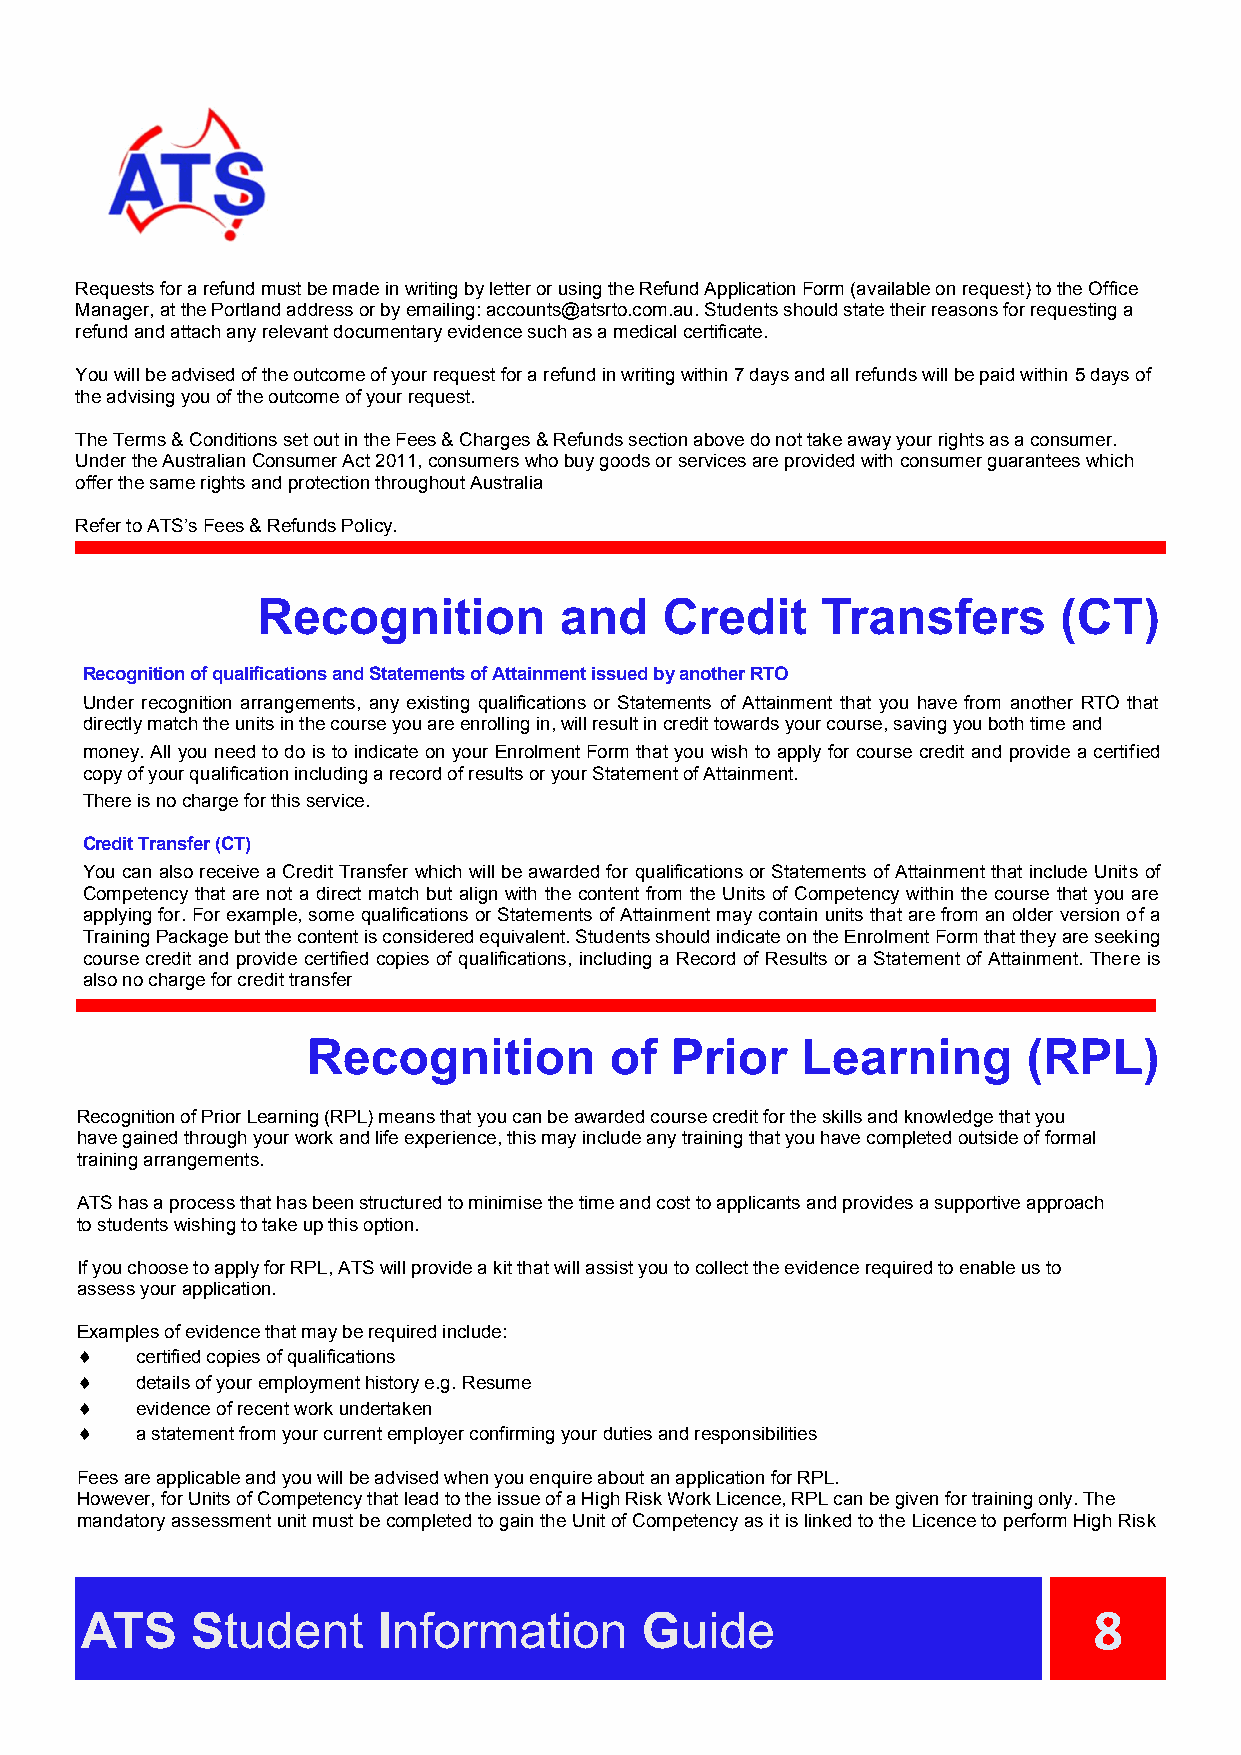
Requests for a refund must be made in writing by letter or using the Refund Application Form (available on request) to the Office
 Manager, at the Portland address or by emailing: accounts@atsrto.com.au. Students should state their reasons for requesting a
 refund and attach any relevant documentary evidence such as a medical certificate.
 You will be advised of the outcome of your request for a refund in writing within 7 days and all refunds will be paid within 5 days of
 the advising you of the outcome of your request.
 The Terms & Conditions set out in the Fees & Charges & Refunds section above do not take away your rights as a consumer.
 Under the Australian Consumer Act 2011, consumers who buy goods or services are provided with consumer guarantees which
 offer the same rights and protection throughout Australia
 Refer to ATS’s Fees & Refunds Policy.
 Recognition         and    Credit    Transfers       (CT)
 Recognition of qualifications and Statements of Attainment issued by another RTO
 Under recognition arrangements, any existing qualifications or Statements of Attainment that you have from another RTO that
 directly match the units in the course you are enrolling in, will result in credit towards your course, saving you both time and
 money. All you need to do is to indicate on your Enrolment Form that you wish to apply for course credit and provide a certified
 copy of your qualification including a record of results or your Statement of Attainment.
 There is no charge for this service.
 Credit Transfer (CT)
 You can also receive a Credit Transfer which will be awarded for qualifications or Statements of Attainment that include Units of
 Competency that are not a direct match but align with the content from the Units of Competency within the course that you are
 applying for. For example, some qualifications or Statements of Attainment may contain units that are from an older version of a
 Training Package but the content is considered equivalent. Students should indicate on the Enrolment Form that they are seeking
 course credit and provide certified copies of qualifications, including a Record of Results or a Statement of Attainment. There is
 also no charge for credit transfer
 Recognition         of  Prior    Learning       (RPL)
 Recognition of Prior Learning (RPL) means that you can be awarded course credit for the skills and knowledge that you
 have gained through your work and life experience, this may include any training that you have completed outside of formal
 training arrangements.
 ATS has a process that has been structured to minimise the time and cost to applicants and provides a supportive approach
 to students wishing to take up this option.
 If you choose to apply for RPL, ATS will provide a kit that will assist you to collect the evidence required to enable us to
 assess your application.
 Examples of evidence that may be required include:
    certified copies of qualifications
    details of your employment history e.g. Resume
    evidence of recent work undertaken
    a statement from your current employer confirming your duties and responsibilities
 Fees are applicable and you will be advised when you enquire about an application for RPL.
 However, for Units of Competency that lead to the issue of a High Risk Work Licence, RPL can be given for training only. The
 mandatory assessment unit must be completed to gain the Unit of Competency as it is linked to the Licence to perform High Risk
 ATS     Student     Information      Guide                         8